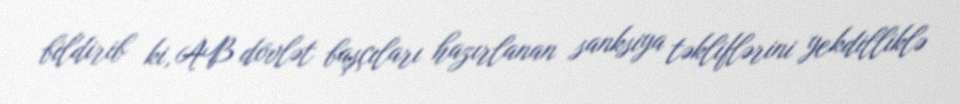
bildirib ki, AB dövlət başçıları hazırlanan sanksiya təkliflərini yekdilliklə